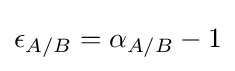
\epsilon _{A/B}=\alpha _{A/B}-1